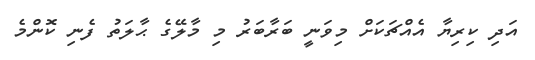
އަދި ކިރިޔާ އެއްޗަކަށް މިވަނީ ބަރާބަރު މި މާލޭގެ ޙާލަތު ފެނި ކޮންމެ